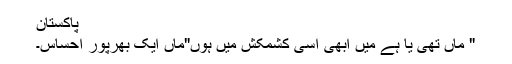
پاکستان
" ماں تھی یا ہے میں ابھی اسی کشمکش میں ہوں"ماں ایک بھرپُور احساس۔